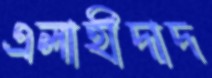
এলাহীদাদ